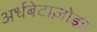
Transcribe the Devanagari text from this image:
अर्धबेटाज़ोइड